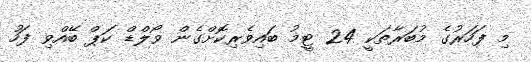
މި ފަހަރުގެ މުބަރާތަކީ 24 ޓީމު ބައިވެރިކޮށްގެން ވޯލްޑް ކަޕް ބޭއްވި ފަހު